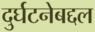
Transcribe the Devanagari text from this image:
दुर्घटनेबद्दल